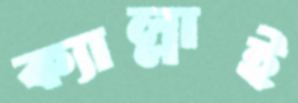
ক্যাল্লাই